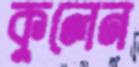
কুলেন